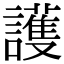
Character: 護